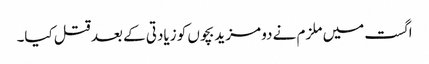
اگست میں ملزم نے دو مزید بچوں کو زیادتی کے بعد قتل کیا۔